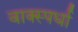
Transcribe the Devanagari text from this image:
वाक्स्पर्धा